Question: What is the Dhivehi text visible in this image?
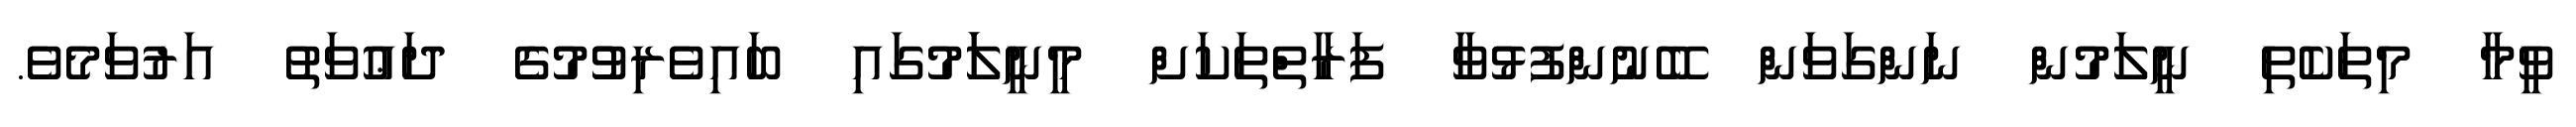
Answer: ވީމާ މިތަކެތި ނީލަމުން ނަންގަވަން ބޭނުންފުޅުވާ ފަރާތްތަކަށް މީނީލަަމުގައި ބައިވެރިވުުމުގެ ދަޢުވަތު އަރުވަމެވެ.